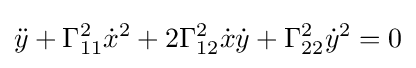
{\ddot {y}}+\Gamma _{11}^{2}{\dot {x}}^{2}+2\Gamma _{12}^{2}{\dot {x}}{\dot {y}}+\Gamma _{22}^{2}{\dot {y}}^{2}=0